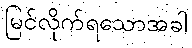
မြင်လိုက်ရသောအခါ